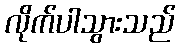
လိုက်ပါသွားသည်